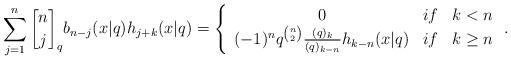
LaTeX: \begin{align*}\sum_{j=1}^{n}\genfrac{[}{]}{0pt}{}{n}{j}_{q}b_{n-j}(x|q)h_{j+k}(x|q)=\left\{\begin{array}[c]{ccc}0 & if & k<n\\(-1)^{n}q^{\binom{n}{2}}\frac{(q)_{k}}{(q)_{k-n}}h_{k-n}(x|q) & if & k\geq n\end{array}\right. . \end{align*}